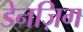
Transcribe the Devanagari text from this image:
डेनज़िग